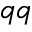
q q